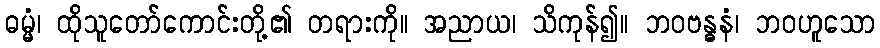
ဓမ္မံ၊ ထိုသူတော်ကောင်းတို့၏ တရားကို။ အညာယ၊ သိကုန်၍။ ဘဝဗန္ဓနံ၊ ဘဝဟူသော